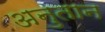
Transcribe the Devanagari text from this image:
अनुतान